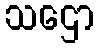
သဌော